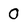
Character: 0